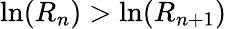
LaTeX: \ln(R_{n})>\ln(R_{n+1})